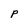
Character: p